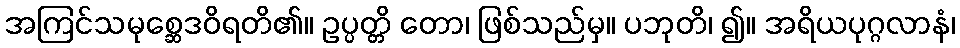
အကြင်သမုစ္ဆေဒဝိရတိ၏။ ဥပ္ပတ္တိ တော၊ ဖြစ်သည်မှ။ ပဘုတိ၊ ၍။ အရိယပုဂ္ဂလာနံ၊